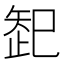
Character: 𱳠